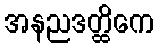
အနညဒတ္ထိကေ